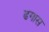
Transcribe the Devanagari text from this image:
ढगास